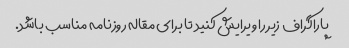
پاراگراف زیر را ویرایش کنید تا برای مقاله روزنامه مناسب باشد.